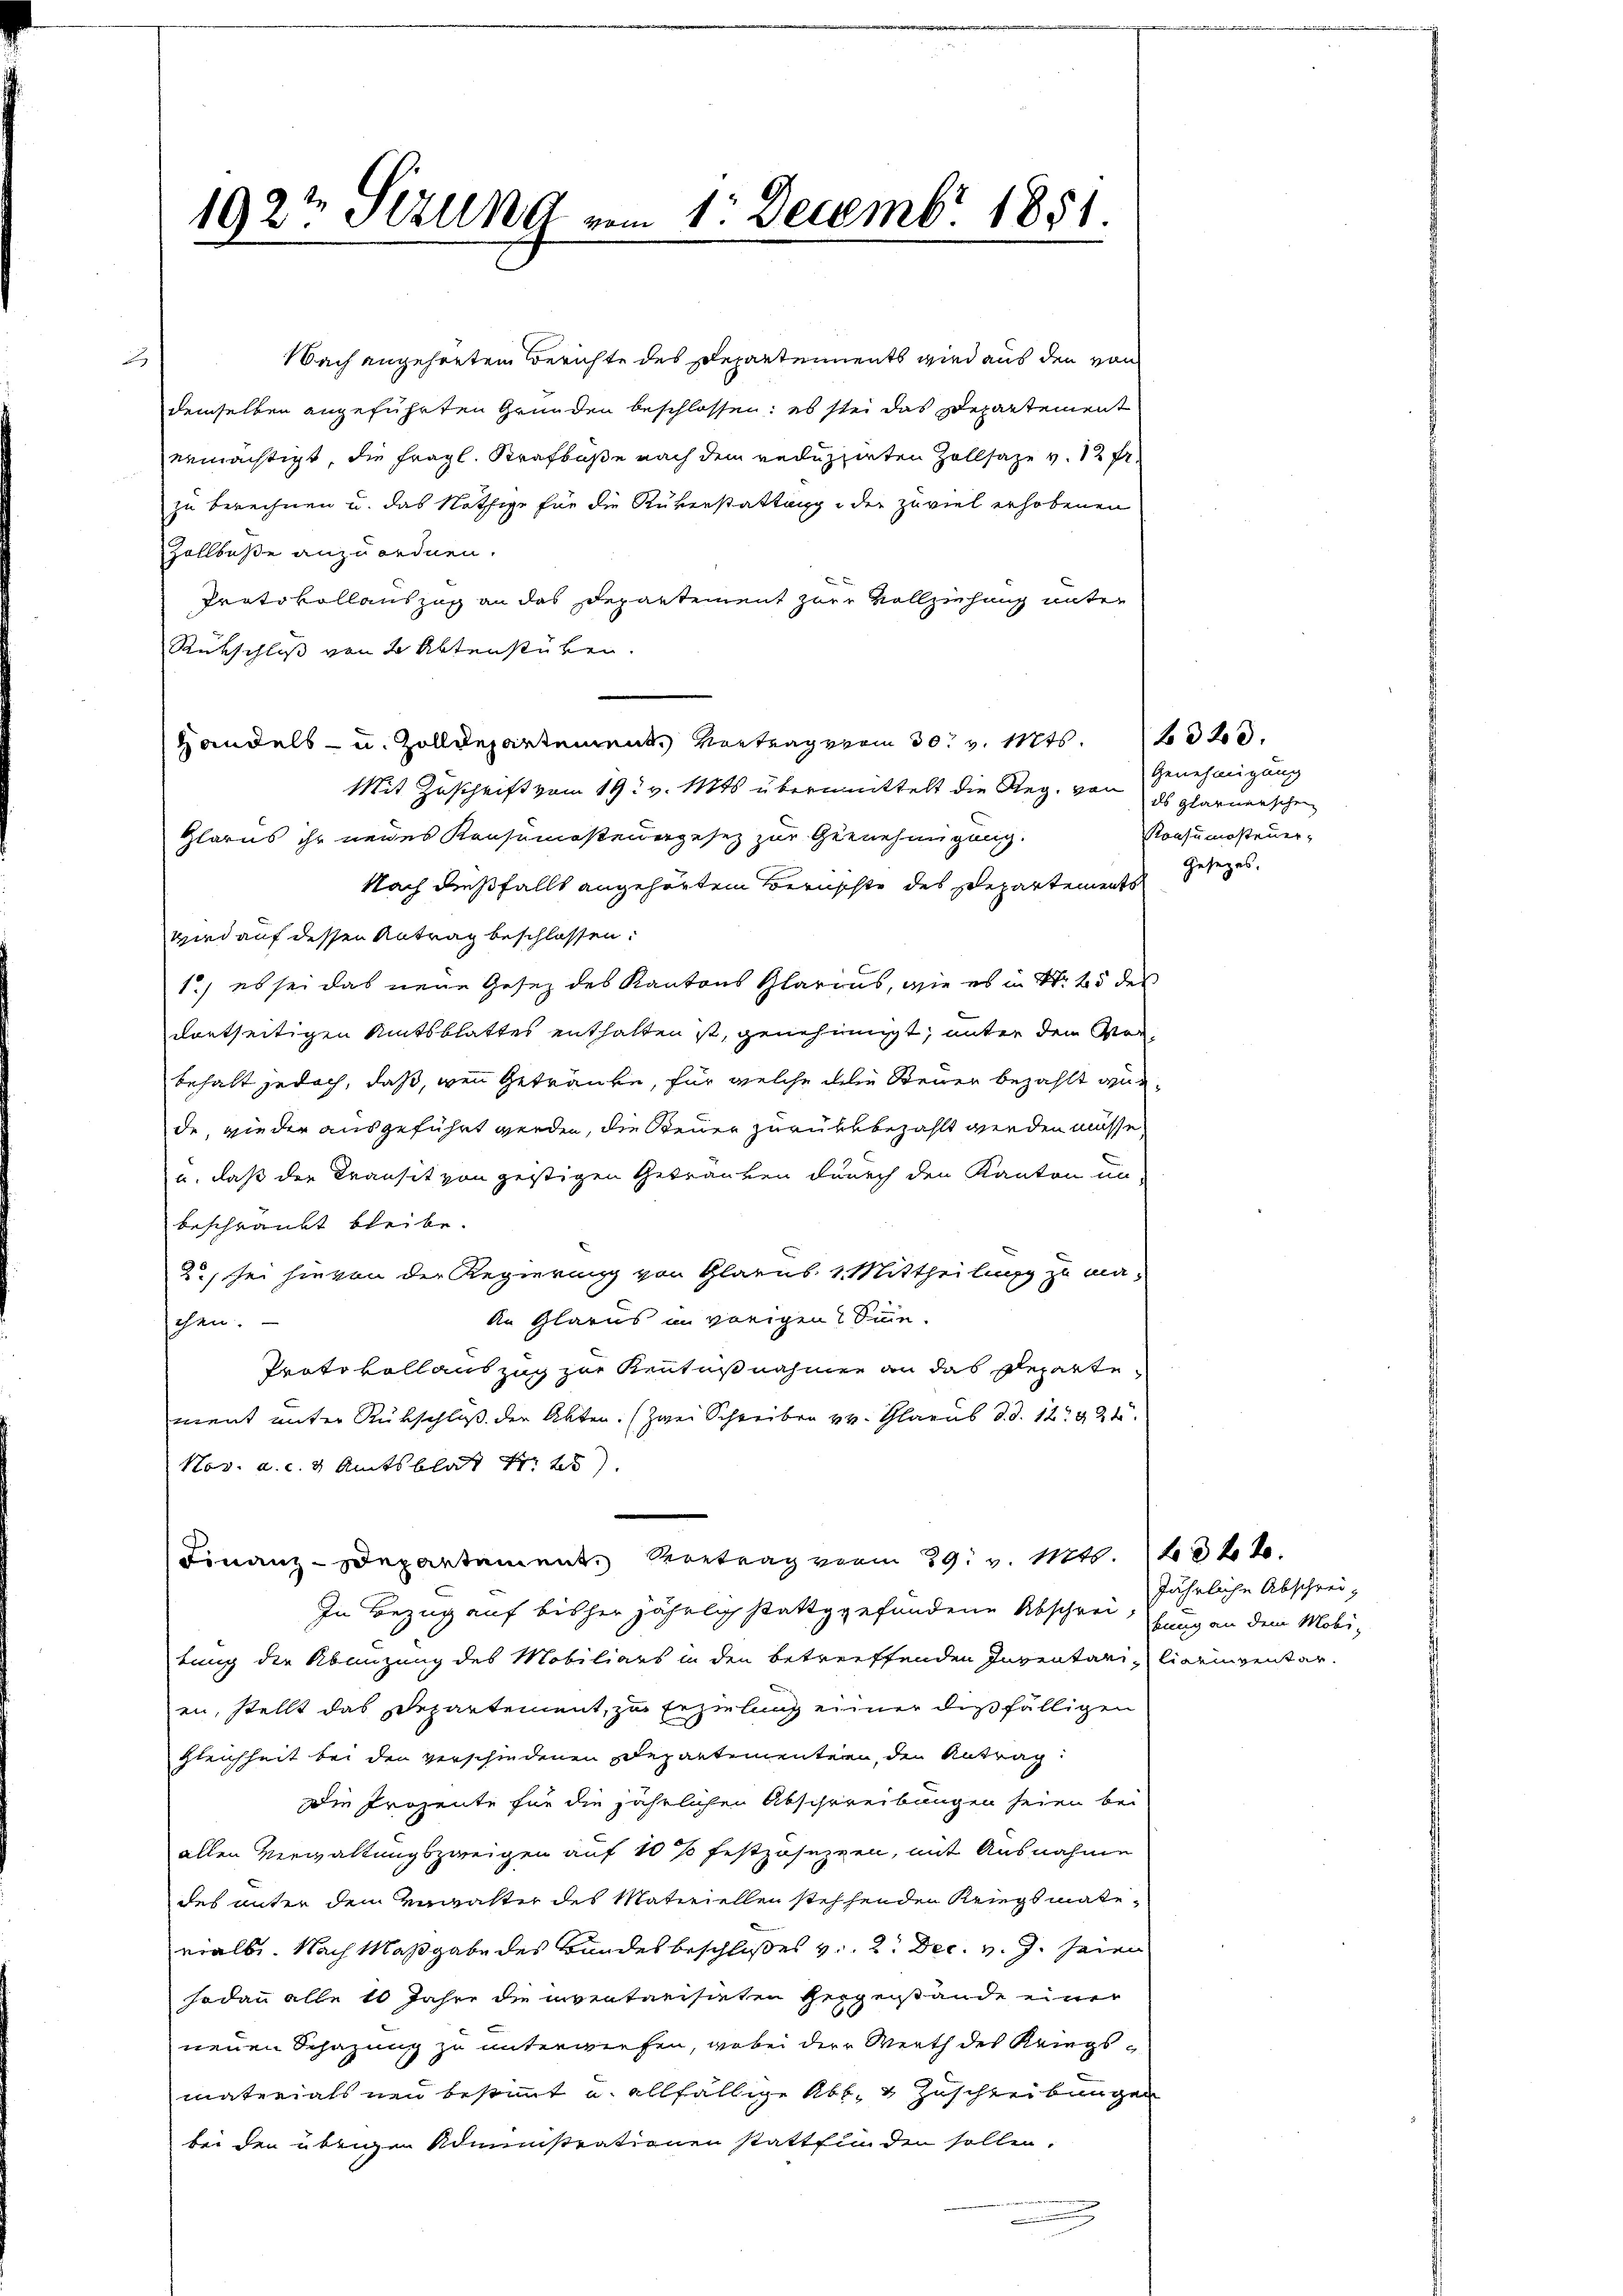
192t Sezung vom 1. Decembr 1851.

Nach angehenten Berichte des Departements wird aus den von
2
demselben angeführten Gründen beschlossen; es stei das Departement
ermächtigt, die fragl. Strafkaße nach dem reduzierten Zollsaze v. 12 fr.
zu berechnen u. das Nöthige für die Rükerstattung der zuviel erhobenen
Zollbuße anzuordnen.
Protokollauszug an das Departement zur Vollziehung unter
Rückschluß von 2 Aktenstüken.
Handels- u. Zolldepartement. Vortrag vom 30. v. Mts. 320.
Mit Zuschrift vom 19. v. Mts. übermittelt die Reg. von
Glarus ihr neues Konsumosten ergesez zur Genehmigung.
Nach dießfällt angehörtem Beruschte des Departements
wird auf dessen Antrag beschlossen:
1) es sei das neue Gesez des Kantons Glarus, wie es in S. 25 des
dortseitigen Amtsblattes enthalten ist, genehmigt, unter den Vorbehalt jedoch, daß, wenn Getränke, für welche dein Steuer bezahlt wurde, wieder ausgeführt werden, die Steuer zurückbezahlt werden müsse,
u. daß der Kransit von geistigen Getränken durch den Kanton un-
beschränkt bleibe.
2., sei hievon der Regierung von Glarus. 1. Mittheilung zu ma¬
An Glarus im vorigen Sinne.
schen.
Protokoll auszug zur Kenntnißnahmen an das Reparte
ment unter Rükschluß der Akten. (zwei Schreiben v. Glarus d. d. 12. 924.
Nov. a. c. 3 Amtsblatt 1. 25
Finanz-Departement Vertrag vom 29. v. Mts. 1022.
In Bezug auf bisher jährlich stattgefundene Abschreitung der Abänzung des Mobiliars in den betreffenden Inventariliarinventar.
en, stellt das Departement, zu Erzielung einer dießfälligen
gleichheit bei den verschiedenen Departementern, den Antrag
Die Prozente für die jährlichen Abschreibungen seien bei
allen Verwaltungszweigen auf 10 % festzusezzen, mit Ausnahme
des unter dem Anwalter des Materiellen stehenden Kriegsmatenialbe. Nach Maßgabe des Bundesbeschlußes v. 2. Dec. v. J. seien
sodann alle 10 Jahre die inventarisieten Geigenstände einer
neuen Schazung zu unterwiesen, wobei der Werth des Kriegsmaterials neu bestimmt u. allfällige Abs. 2 Zuschreibungen
bei den übrigen Administrationen stattfinden sollen.

Genehmigung
ds Glarnerschen
Konsumosteuer-
Gesetzes.

jährliche Abschreikung an dem Mobi-